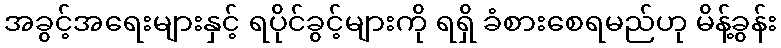
အခွင့်အရေးများနှင့် ရပိုင်ခွင့်များကို ရရှိ ခံစားစေရမည်ဟု မိန့်ခွန်း